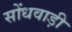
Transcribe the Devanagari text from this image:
सोंधवाड़ी